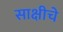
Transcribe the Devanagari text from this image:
साक्षीचे